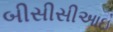
બીસીસીઆઇ